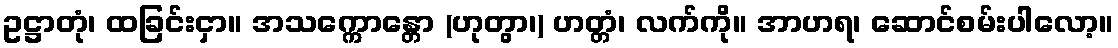
ဥဋ္ဌာတုံ၊ ထခြင်းငှာ။ အသက္ကောန္တော (ဟုတွာ၊) ဟတ္တံ၊ လက်ကို။ အာဟရ၊ ဆောင်စမ်းပါလော့။